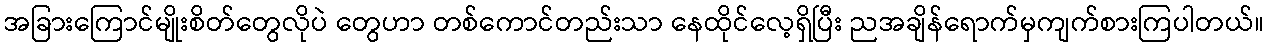
အခြားကြောင်မျိုးစိတ်တွေလိုပဲ တွေဟာ တစ်ကောင်တည်းသာ နေထိုင်လေ့ရှိပြီး ညအချိန်ရောက်မှကျက်စားကြပါတယ်။